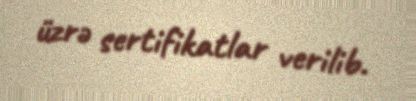
üzrə sertifikatlar verilib.